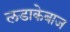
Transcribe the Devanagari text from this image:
लडाकेबाज